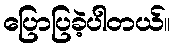
ပြောပြခဲ့ပါတယ်။